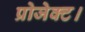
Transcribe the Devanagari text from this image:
प्रोजेक्ट।